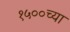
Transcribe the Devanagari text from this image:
१५००च्या